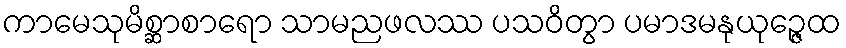
ကာမေသုမိစ္ဆာစာရော သာမညဖလဿ ပသဝိတွာ ပမာဒမနုယုဉ္ဇေထ